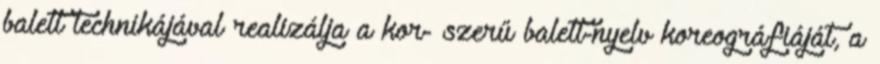
balett technikájával realizálja a kor- szerű balett-nyelv koreográfiáját, a